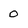
Character: O